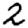
Digit: 2